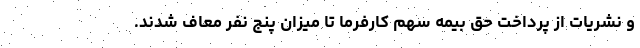
و نشریات از پرداخت حق بیمه سهم کارفرما تا میزان پنج نفر معاف شدند.